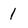
Character: 1